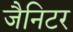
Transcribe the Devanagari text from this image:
जैनिटर